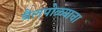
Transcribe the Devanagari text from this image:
बैलपोळ्याचा